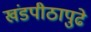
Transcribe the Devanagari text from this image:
खंडपीठापुढे